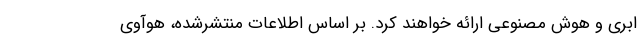
ابری و هوش مصنوعی ارائه خواهند کرد. بر اساس اطلاعات منتشرشده، هوآوی